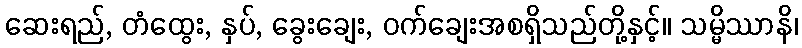
ဆေးရည်, တံထွေး, နှပ်, ခွေးချေး, ဝက်ချေးအစရှိသည်တို့နှင့်။ သမ္မိဿာနိ၊